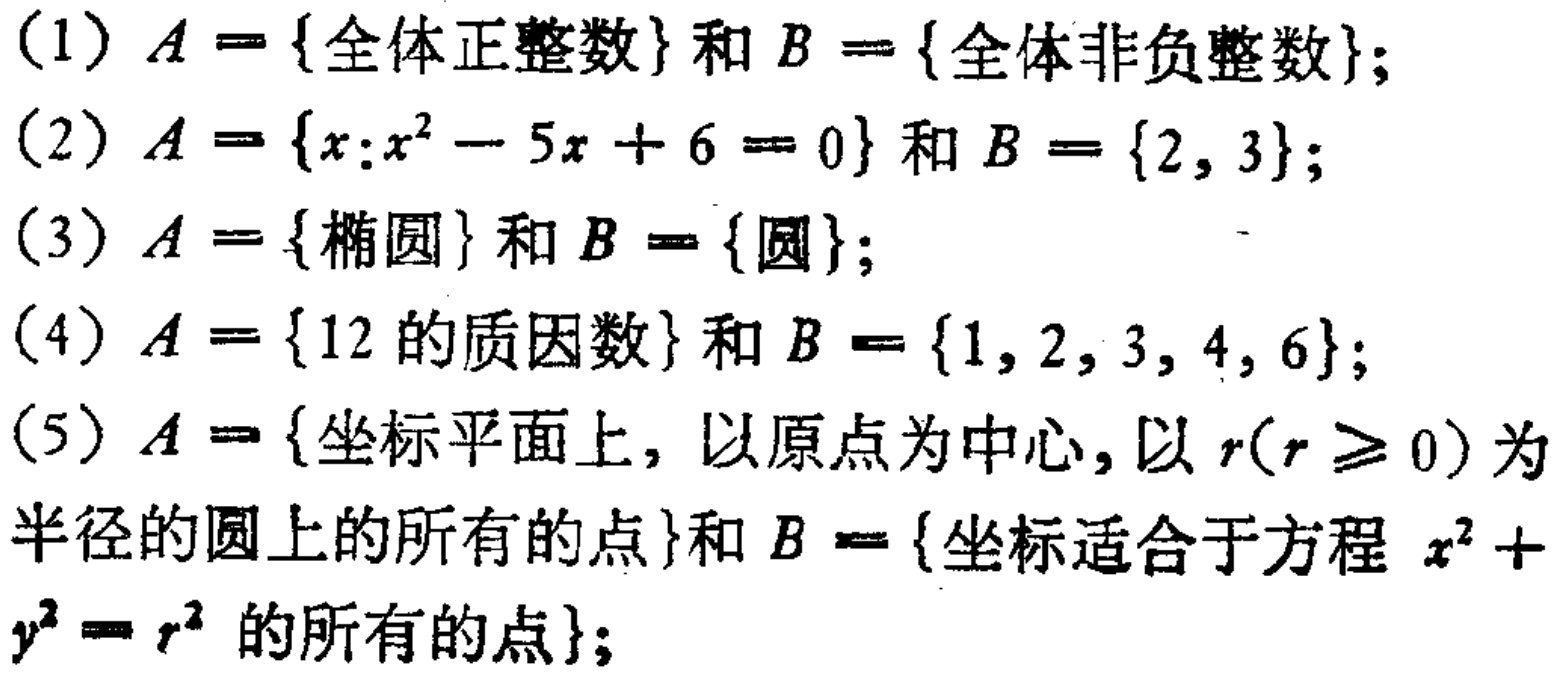
(1) \(A = \{全体正整数\}\) 和 \(B = \{全体非负整数\}\);

(2) \(A = \{x:x^{2}-5x + 6 = 0\}\) 和 \(B = \{2,3\}\);

(3) \(A = \{椭圆\}\) 和 \(B = \{圆\}\);

(4) \(A = \{12的质因数\}\) 和 \(B = \{1,2,3,4,6\}\);

(5) \(A = \{坐标平面上, 以原点为中心, 以 \(r(r\geq0)\) 为半径的圆上的所有的点\}\) 和 \(B = \{坐标适合于方程 \(x^{2}+y^{2}=r^{2}\) 的所有的点\};